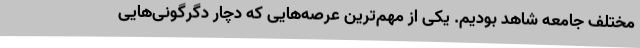
مختلف جامعه شاهد بودیم. یکی از مهم‌ترین عرصه‌هایی که دچار دگرگونی‌هایی